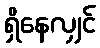
ရှိနေလျှင်